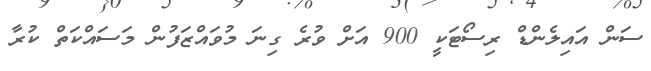
ސަން އައިލެންޑް ރިސޯޓަކީ 900 އަށް ވުރެ ގިނަ މުވައްޒަފުން މަސައްކަތް ކުރާ